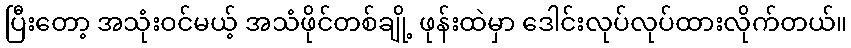
ပြီးတော့ အသုံးဝင်မယ့် အသံဖိုင်တစ်ချို့ ဖုန်းထဲမှာ ဒေါင်းလုပ်လုပ်ထားလိုက်တယ်။